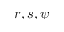
r , s , \psi